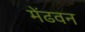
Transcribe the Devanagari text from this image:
मेंढवन